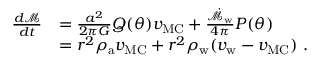
\begin{array} { r l } { \frac { d \mathcal { M } } { d t } } & { = \frac { a ^ { 2 } } { 2 \pi G } Q ( \theta ) v _ { \mathrm { M C } } + \frac { \dot { \mathcal { M } } _ { \mathrm { w } } } { 4 \pi } P ( \theta ) } \\ & { = r ^ { 2 } \rho _ { \mathrm { a } } v _ { \mathrm { M C } } + r ^ { 2 } \rho _ { \mathrm { w } } ( v _ { \mathrm { w } } - v _ { \mathrm { M C } } ) \ . } \end{array}